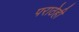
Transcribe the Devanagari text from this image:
पराठेही